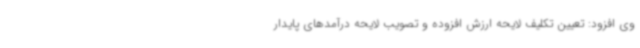
وی افزود: تعیین تکلیف لایحه ارزش افزوده و تصویب لایحه درآمدهای پایدار